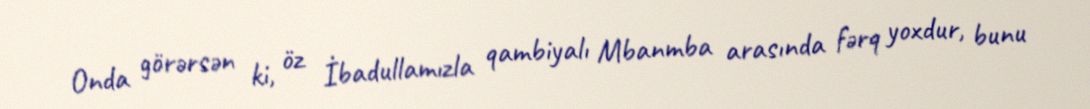
Onda görərsən ki, öz İbadullamızla qambiyalı Mbanmba arasında fərq yoxdur, bunu